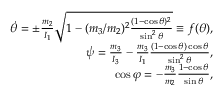
\begin{array} { r } { \dot { \theta } = \pm \frac { m _ { 2 } } { I _ { 1 } } \sqrt { 1 - ( m _ { 3 } / m _ { 2 } ) ^ { 2 } \frac { ( 1 - \cos \theta ) ^ { 2 } } { \sin ^ { 2 } \theta } } \equiv f ( \theta ) , } \\ { \dot { \psi } = \frac { m _ { 3 } } { I _ { 3 } } - \frac { m _ { 3 } } { I _ { 1 } } \frac { ( 1 - \cos \theta ) \cos \theta } { \sin ^ { 2 } \theta } , } \\ { \cos \varphi = - \frac { m _ { 3 } } { m _ { 2 } } \frac { 1 - \cos \theta } { \sin \theta } , } \end{array}